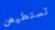
تستطيعن